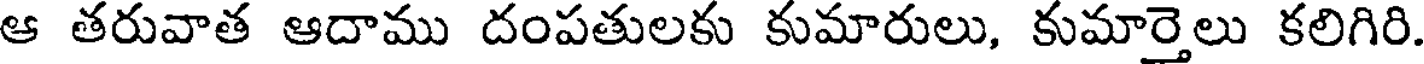
ఆ తరువాత ఆదాము దంపతులకు కుమారులు, కుమార్తెలు కలిగిరి